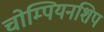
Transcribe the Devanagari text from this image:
चोम्पियनशिप